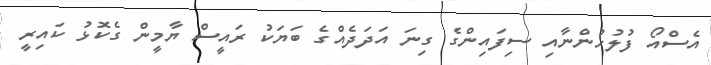
އެސްއޯ ފުލުހުންނާއި ސިފައިންގެ ގިނަ އަދަދެއްގެ ބަޔަކު ރައީސް ޔާމީން ގެކޮޅު ކައިރީ